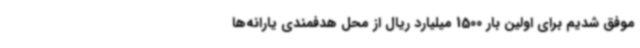
موفق شدیم برای اولین بار 1500 میلیارد ریال از محل هدفمندی یارانه‌ها